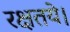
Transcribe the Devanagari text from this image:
रक्षतये।